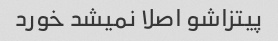
پیتزاشو اصلا نمیشد خورد